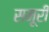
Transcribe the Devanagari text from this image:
समूरी